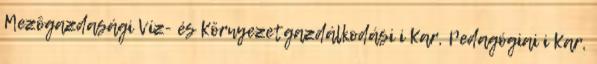
Mezõgazdasági Víz- és Környezetgazdálkodási i Kar, Pedagógiai i Kar,